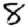
Digit: 8